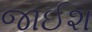
જાઈશ